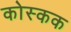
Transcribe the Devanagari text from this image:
कोस्कक